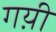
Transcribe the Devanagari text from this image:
गय़ी